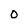
Character: O